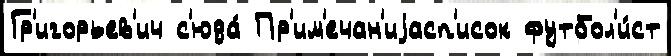
Гр'игорьев'ич с'юда́ Пр'им'ечан'иjасп'исок футбол'и́ст